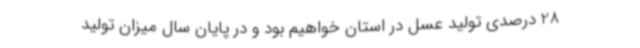
28 درصدی تولید عسل در استان خواهیم بود و در پایان سال میزان تولید